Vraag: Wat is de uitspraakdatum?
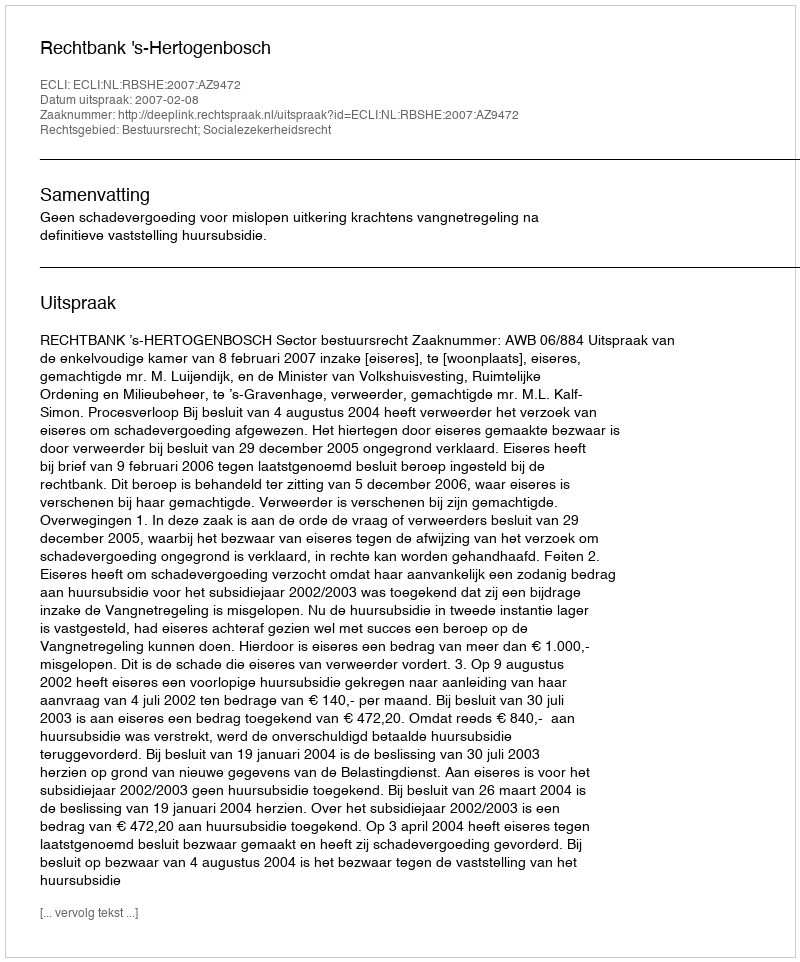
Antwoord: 2007-02-08